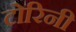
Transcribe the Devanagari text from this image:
टोरिनी